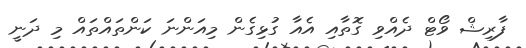
ފާރިޝް ވޯޓް ދެއްވި ގޮތާއި އެއާ ގުޅިގެން މިއަންނަ ކަންތައްތައް މި ދަނީ